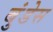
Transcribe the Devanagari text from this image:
बुंडेस